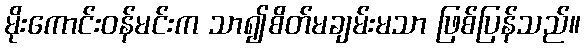
မိုးကောင်းဝန်မင်းက သာ၍စိတ်မချမ်းမသာ ဖြစ်ပြန်သည်။